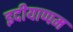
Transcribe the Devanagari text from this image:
इदीयाप्पम